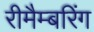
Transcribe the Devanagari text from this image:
रीमैम्बरिंग